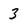
Character: 3